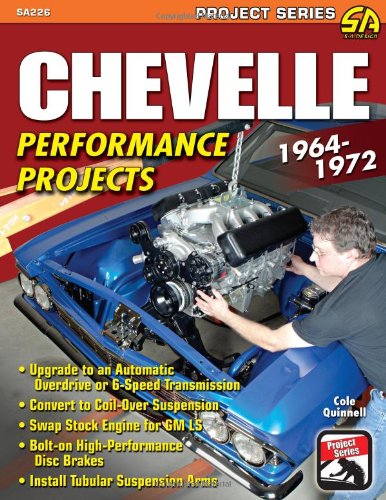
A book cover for Chevelle Performance Projects: 1964-1972; Cole Quinnell; Engineering & Transportation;